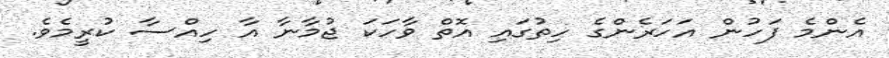
އެންމެ ފަހުން އަހަރެންގެ ހިތުގައި އޮތް ވާހަކަ ޖުމާނާ އާ ހިއްސާ ކުރީމެވެ.